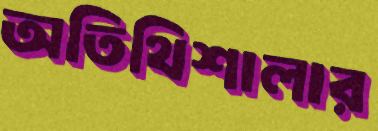
অতিথিশালার